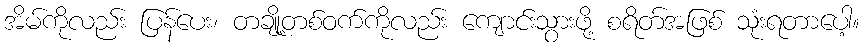
အိမ်ကိုလည်း ပြန်ပေး၊ တချို့တစ်ဝက်ကိုလည်း ကျောင်းသွားဖို့ စရိတ်အဖြစ် သုံးရတာပေါ့။